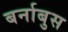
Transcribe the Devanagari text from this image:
बर्नाबुस